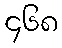
၄၆၈